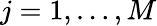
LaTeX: j=1,\dots,M